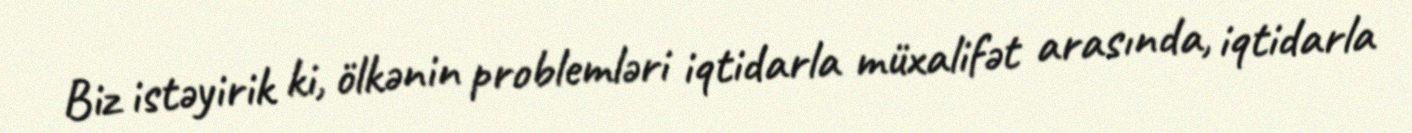
Biz istəyirik ki, ölkənin problemləri iqtidarla müxalifət arasında, iqtidarla